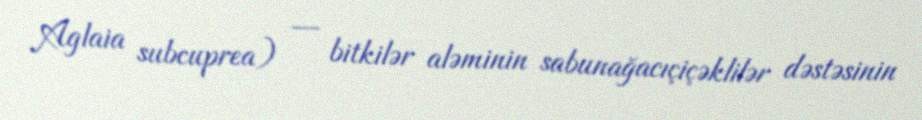
Aglaia subcuprea) — bitkilər aləminin sabunağacıçiçəklilər dəstəsinin